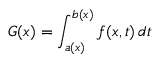
G ( x ) = \int _ { a ( x ) } ^ { b ( x ) } f ( x , t ) \, d t